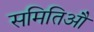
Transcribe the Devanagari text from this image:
समितिऔं